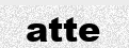
atte